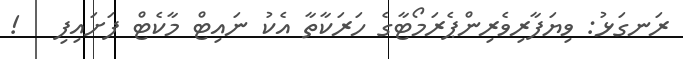
ރަނގަޅު: ވިޔަފާރިވެރިންޕެރަމޯޓާގެ ހަރަކާތާ އެކު ނައިޓް މާކެޓް ފަށައިފި   !